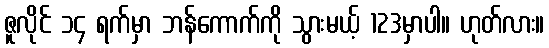
ဇူလိုင် ၁၄ ရက်မှာ ဘန်ကောက်ကို သွားမယ့် 123မှာပါ။ ဟုတ်လား။